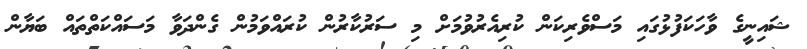
ޝައިނީގެ ވާހަކަފުޅުގައި މަސްވެރިކަން ކުރިއެރުވުމަށް މި ސަރުކާރުން ކުރައްވަމުން ގެންދަވާ މަސައްކަތްތައް ބަޔާން